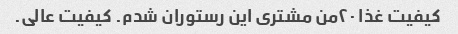
کیفیت غذا ۲۰من مشتری این رستوران شدم. کیفیت عالی.